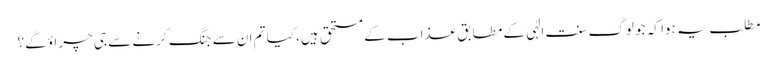
مطلب یہ ہوا کہ جو لوگ سنت الٰہی کے مطابق عذاب کے مستحق ہیں، کیا تم ان سے جنگ کرنے سے جی چراؤ گے؟